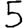
Digit: 5